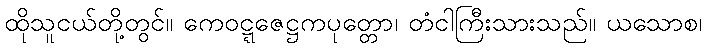
ထိုသူငယ်တို့တွင်။ ကေဝဋ္ဋဇေဋ္ဌကပုတ္တော၊ တံငါကြီးသားသည်။ ယသောစ၊